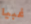
غبيا